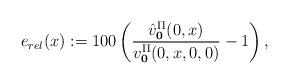
LaTeX: \begin{align*}e_{rel}(x):=100\left(\frac{\hat v_\bold{0}^{\Pi}(0,x)}{v_{\bold{0}}^{\Pi}(0,x,0,0)}-1\right),\end{align*}